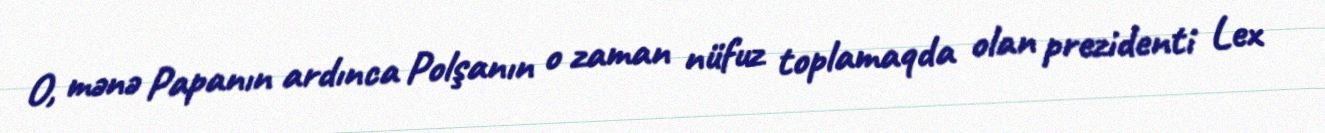
O, mənə Papanın ardınca Polşanın o zaman nüfuz toplamaqda olan prezidenti Lex